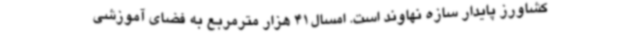
کشاورز پایدار سازه نهاوند است. امسال41 هزار مترمربع به فضای آموزشی